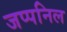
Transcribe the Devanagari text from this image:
जप्पनिल